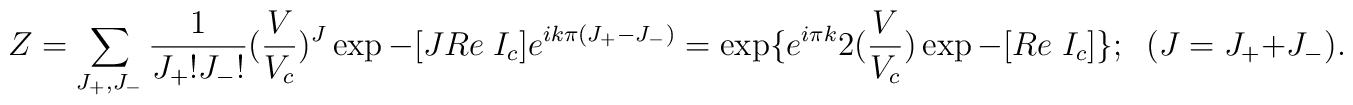
Z=\sum_{J_+,J_-}\frac{1}{J_+!J_-!}(\frac{V}{V_c})^J \exp-[JRe\;I_c]e^{ik\pi (J_+-J_-)}=\exp \{e^{i\pi k}2(\frac{V}{V_c})\exp -[Re\;I_c]\}   ;\;\;(J=J_++J_-).